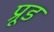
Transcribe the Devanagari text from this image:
प्रूड